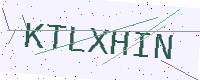
Text: KTLXHIN